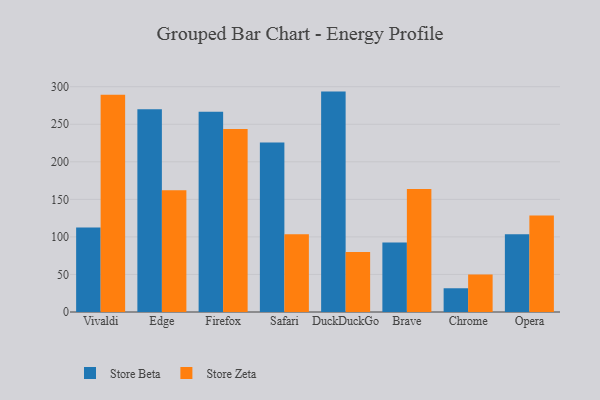
{"axis": {"x": "Browser", "y": "Shipments"}, "legend": ["Store Beta", "Store Zeta"], "data": [{"x": "Vivaldi", "y": 112.6, "type": "Store Beta"}, {"x": "Vivaldi", "y": 289.3, "type": "Store Zeta"}, {"x": "Edge", "y": 270.1, "type": "Store Beta"}, {"x": "Edge", "y": 162.0, "type": "Store Zeta"}, {"x": "Firefox", "y": 266.8, "type": "Store Beta"}, {"x": "Firefox", "y": 243.7, "type": "Store Zeta"}, {"x": "Safari", "y": 225.7, "type": "Store Beta"}, {"x": "Safari", "y": 103.7, "type": "Store Zeta"}, {"x": "DuckDuckGo", "y": 293.5, "type": "Store Beta"}, {"x": "DuckDuckGo", "y": 79.8, "type": "Store Zeta"}, {"x": "Brave", "y": 92.6, "type": "Store Beta"}, {"x": "Brave", "y": 163.8, "type": "Store Zeta"}, {"x": "Chrome", "y": 31.6, "type": "Store Beta"}, {"x": "Chrome", "y": 50.1, "type": "Store Zeta"}, {"x": "Opera", "y": 103.7, "type": "Store Beta"}, {"x": "Opera", "y": 128.5, "type": "Store Zeta"}]}